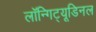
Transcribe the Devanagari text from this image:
लॉन्गिट्यूडिनल